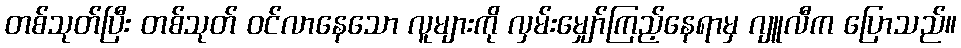
တစ်သုတ်ပြီး တစ်သုတ် ဝင်လာနေသော လူများကို လှမ်းမျှော်ကြည့်နေရာမှ ဂျူလီက ပြောသည်။